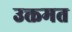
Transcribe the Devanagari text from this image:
उक्तमत